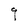
Character: q